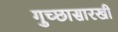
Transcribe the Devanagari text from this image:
गुच्छासारखी